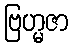
ဗြဟ္မဇာ